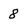
Character: 8